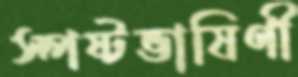
স্পষ্টভাষিণী